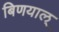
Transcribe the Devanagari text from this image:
बिणयाल्